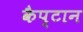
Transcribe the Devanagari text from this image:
कैप्टान